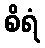
စိရံ